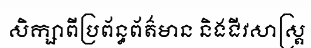
សិក្សាពីប្រព័ន្ធព័ត៌មាន និងជីវសាស្ត្រ